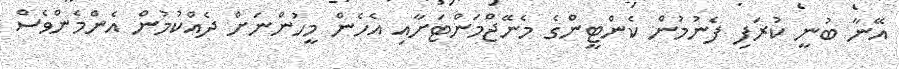
އޭނާ ބުނީ ކުރަފި ފެނުމުން ކެންޓީންގެ މެނޭޖްމަންޓަށާއި އެހެން މީހުންނަށް ދެއްކުމުން އެންމެންވެސް